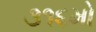
૩૧૬મો